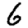
Digit: 6